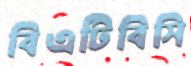
বিএটিবিসি